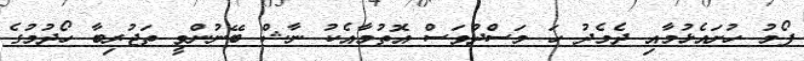
ފޯމު ހުށައެޅުމާއި ދެމެދު ހަ މަސްދުވަސް އޮތުމާއެކު ނާޝް ބޭނުންވީ ތަޖުރިބާ ހޯދުމުގެ